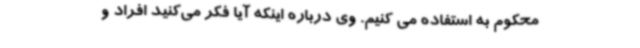
محکوم به استفاده می کنیم. وی درباره اینکه آیا فکر می‌کنید افراد و